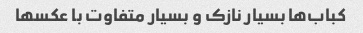
کباب‌ها بسیار نازک و بسیار متفاوت با عکسها